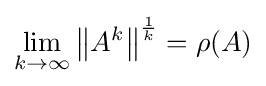
\lim _{k\to \infty }\left\|A^{k}\right\|^{\frac {1}{k}}=\rho (A)